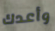
وأعدك